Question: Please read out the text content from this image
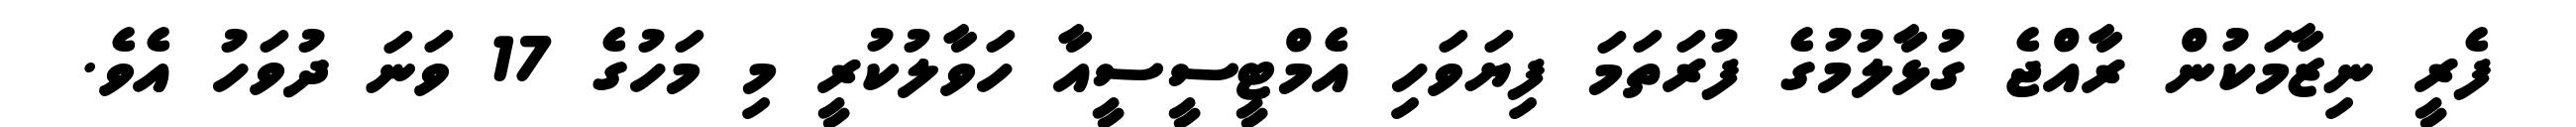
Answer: ފެރީ ނިޒާމަކުން ރާއްޖެ ގުޅާލުމުގެ ފުރަތަމަ ފިޔަވަހި އެމްޓީސީސީއާ ހަވާލުކުރީ މި މަހުގެ 17 ވަނަ ދުވަހު އެވެ.